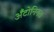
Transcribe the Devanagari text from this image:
अँटोनिनस